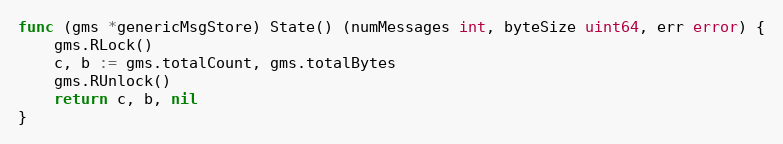
Language: Go
func (gms *genericMsgStore) State() (numMessages int, byteSize uint64, err error) {
	gms.RLock()
	c, b := gms.totalCount, gms.totalBytes
	gms.RUnlock()
	return c, b, nil
}